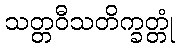
သတ္တဝီသတိက္ခတ္တုံ